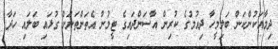
ދިމާއަކުންކަން ބަލިމީހާ ދިއުމުގެ ކުރިން އާސަންދައިގެ ޓީމުން އެތަންތަނަށް ގުޅައި ބަލައި ހަދާ